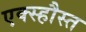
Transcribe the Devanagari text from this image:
एक्स्हौस्त